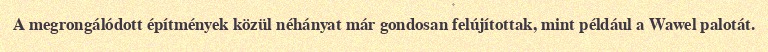
A megrongálódott építmények közül néhányat már gondosan felújítottak, mint például a Wawel palotát.